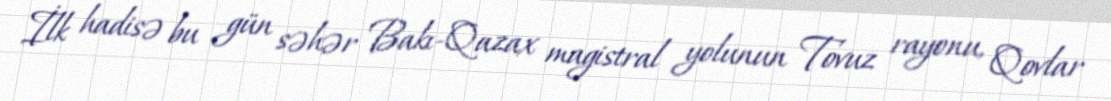
İlk hadisə bu gün səhər Bakı-Qazax magistral yolunun Tovuz rayonu, Qovlar